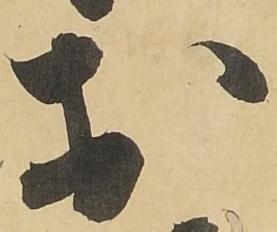
於